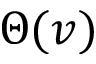
\Theta ( v )